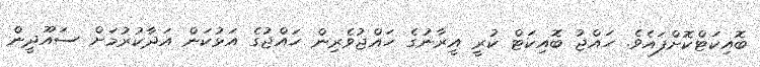
ބޮއިކަޓްކޮށްފައެވެ. ހައްޖު ބޮއިކަޓް ކުރީ އީރާނުގެ ހައްޖުވެރިން ހައްޖުގެ އަޅުކަން އަދާކުރުމަށް ސައޫދީން